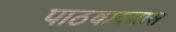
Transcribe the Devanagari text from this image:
पाठवावयास